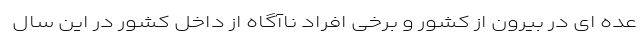
عده ای در بیرون از کشور و برخی افراد ناآگاه از داخل کشور در این سال